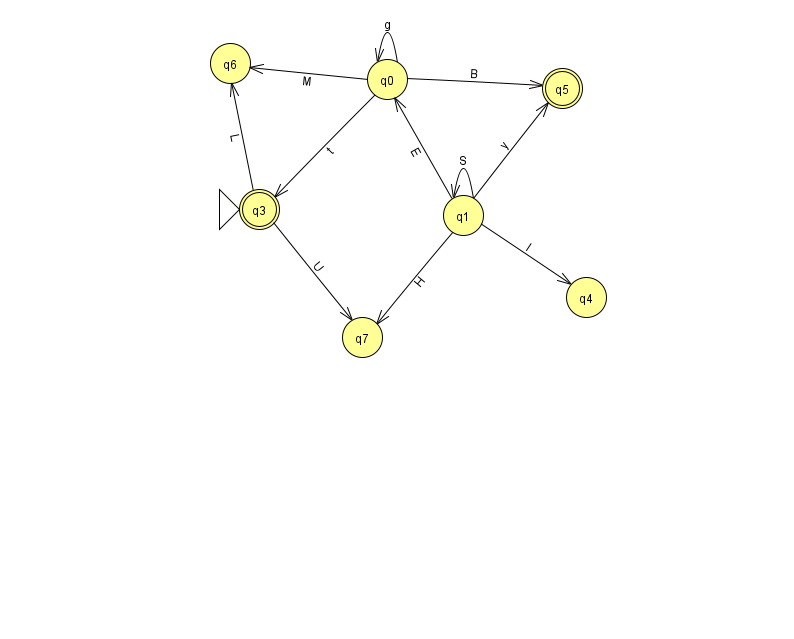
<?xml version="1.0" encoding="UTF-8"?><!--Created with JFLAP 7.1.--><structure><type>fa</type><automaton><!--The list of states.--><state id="0" name="q0"><x>387.0</x><y>66.0</y></state><state id="1" name="q1"><x>463.0</x><y>202.0</y></state><state id="3" name="q3"><x>259.0</x><y>196.0</y><initial/><final/></state><state id="4" name="q4"><x>586.0</x><y>284.0</y></state><state id="5" name="q5"><x>562.0</x><y>75.0</y><final/></state><state id="6" name="q6"><x>230.0</x><y>50.0</y></state><state id="7" name="q7"><x>362.0</x><y>324.0</y></state><!--The list of transitions.--><transition><from>3</from><to>7</to><read>U</read></transition><transition><from>1</from><to>1</to><read>S</read></transition><transition><from>0</from><to>5</to><read>B</read></transition><transition><from>1</from><to>0</to><read>E</read></transition><transition><from>0</from><to>0</to><read>g</read></transition><transition><from>1</from><to>7</to><read>H</read></transition><transition><from>3</from><to>6</to><read>L</read></transition><transition><from>1</from><to>4</to><read>I</read></transition><transition><from>0</from><to>3</to><read>t</read></transition><transition><from>1</from><to>5</to><read>y</read></transition><transition><from>0</from><to>6</to><read>M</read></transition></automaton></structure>